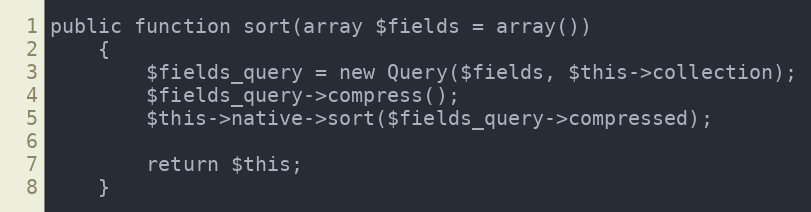
Language: PHP
public function sort(array $fields = array())
    {
        $fields_query = new Query($fields, $this->collection);
        $fields_query->compress();
        $this->native->sort($fields_query->compressed);

        return $this;
    }